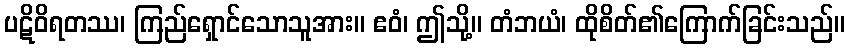
ပဋိဝိရတဿ၊ ကြည်ရှောင်သောသူအား။ ဧဝံ၊ ဤသို့။ တံဘယံ၊ ထိုစိတ်၏ကြောက်ခြင်းသည်။